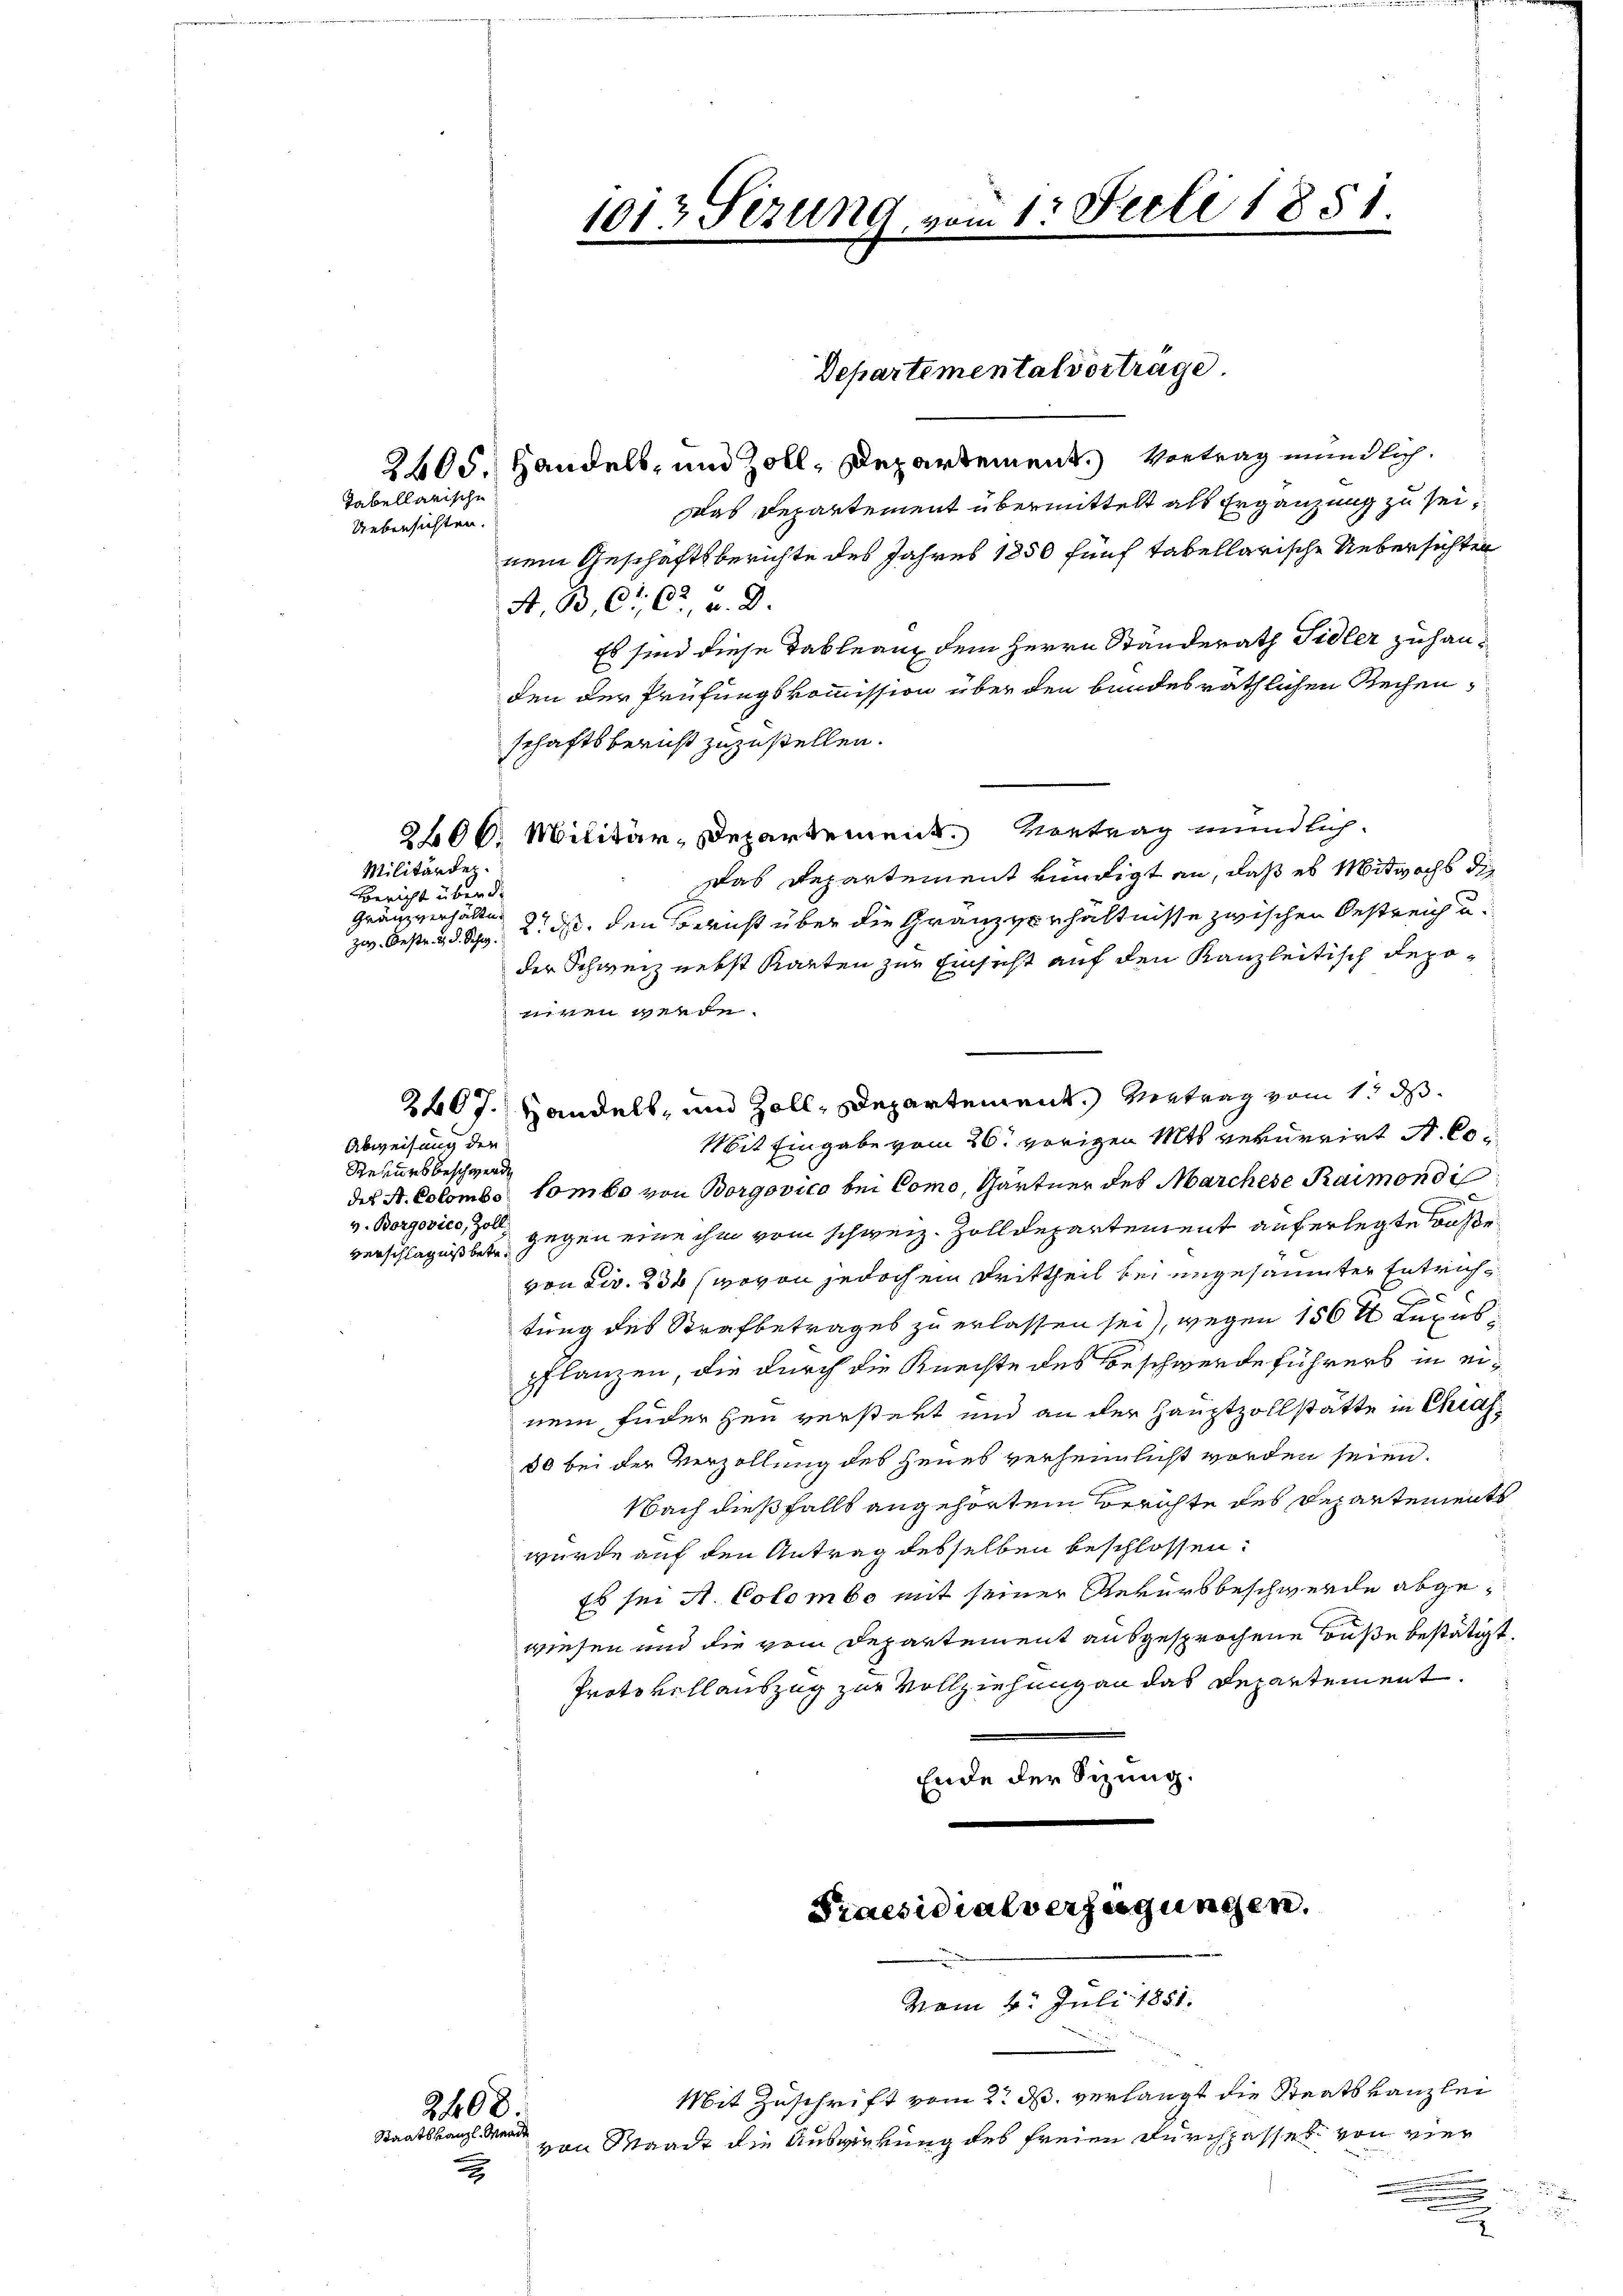
Tabellarische
Uebersichten.

Militärdep
Bericht über di
Gränzverhälte.

Abweisung den
Rekursbeschwerde
verschlägnis betr.

2408.
Staatskanzl. Mande
2

2405. Handels- und Zoll, Departement. Vortrag mündlich.
Das Departement übermittelt als Ergänzung zu seinem Geschäftsberichte des Jahres 1850 fünf tabellarische Uebersichter
A. B. C. 62 u. 2.
Es sind diese Tableau dem Herrn Ständerath Sidler zuhanden der Prüfungskommission über den bundesräthlichen Rechen,
schaftsberuht zuzustellen.
2400. Militär-Departement. Vortrag mündlich.
Das Departement kündigt an, daß es Mitwochs die
zw. Bestr. d. d. 2 ist, den Bericht über die Gränzverhältnisse zwischen Oestreich u.
der Schweiz nebst Karten zur Einsicht auf den Kanzleitisch depomiren werde.
2407. Handels- und Zoll, Departement. Vertrag vom 1t ds
Mit Eingabe vom 26. vorigen Mts. verurrirt A. Codes A. Colombo tombo von Borgovico bei Como, Gärtner des Marchese Raimon di
v. Borgovics, so gegen eine ihm vom schweiz. Zolldepartement auferlegte Waße
von civ. 230 (wovon jedoch ein Drittheil bei ungesäumter Entrichtung des Strafbetrages zu erlassen sei), wegen 156 ½ Luxus
pflanzen, die durch die Knechte des Beschwerde führers in einem Fuderhen verstert und an der Hauptzollstätte in Chias
50 bei der Verzollung des Heueb verheimlicht worden seien.
Nach dießfalls angehörtem Berichte des Departements
wurde auf den Antrag desselben beschlossen:
Es sei A. Colombo mit seiner Rekursbeschwerde abgewiesen und die vom Departement ausgesprochene Buße bestätigt.
Protokoll auszug zur Vollziehung an das Departement.
Ende der Sizung.

1013 Sizung vom 1. Juli 1851.

Departemental vortrage

Praesidialverfügungen.

vom 4. Juli 1881.
Mit Zuschrift vom 2. d. verlangt die Staatskanzlei
von Waadt die Auswirrung des freien durchgasses von vier

.
.

x